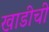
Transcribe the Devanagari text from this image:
खाडीची